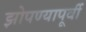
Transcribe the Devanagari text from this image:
झोपण्यापूर्वी